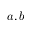
a , b